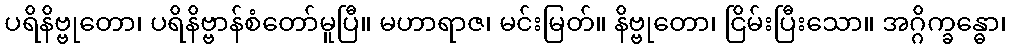
ပရိနိဗ္ဗုတော၊ ပရိနိဗ္ဗာန်စံတော်မူပြီ။ မဟာရာဇ၊ မင်းမြတ်။ နိဗ္ဗုတော၊ ငြိမ်းပြီးသော။ အဂ္ဂိက္ခန္ဓော၊